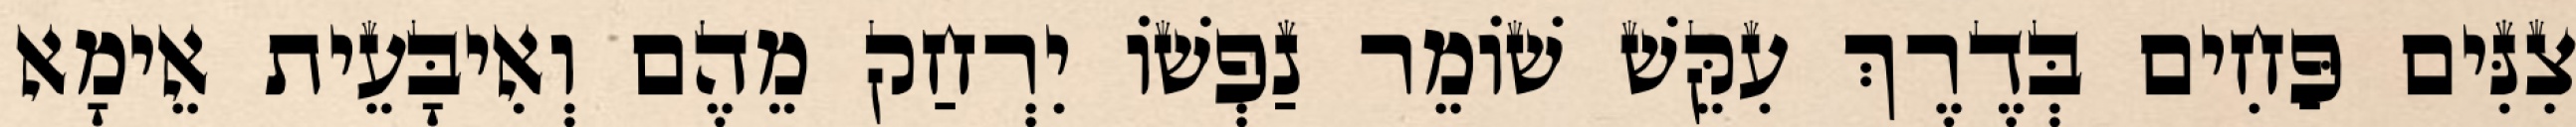
צִנִּים פַּחִים בְּדֶרֶךְ עִקֵּשׁ שׁוֹמֵר נַפְשׁוֹ יִרְחַק מֵהֶם וְאִיבָּעֵית אֵימָא